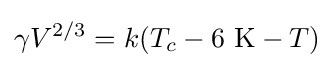
\gamma V^{2/3}=k(T_{c}-6\ \mathrm {K} -T)